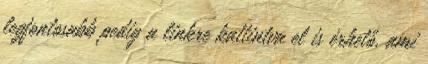
legfontosabb pedig a linkre kattintva el is érhető, ami